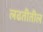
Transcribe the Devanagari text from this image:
लढतीतील